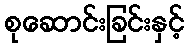
စုဆောင်းခြင်းနှင့်